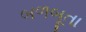
બળબૂતા